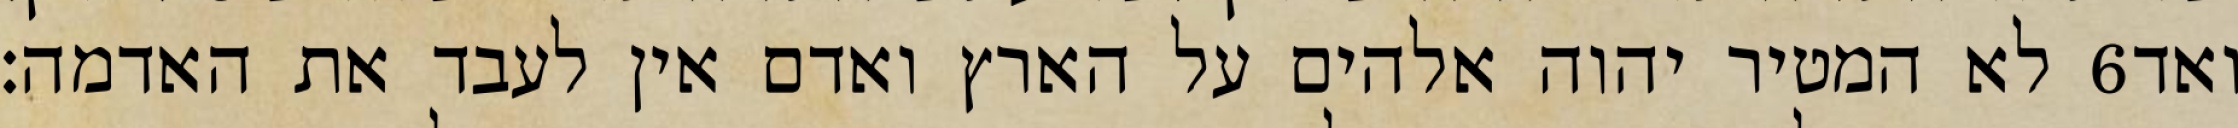
לא המטיר יהוה אלהים על הארץ ואדם אין לעבד את האדמה׃ ‎6‏ ואד